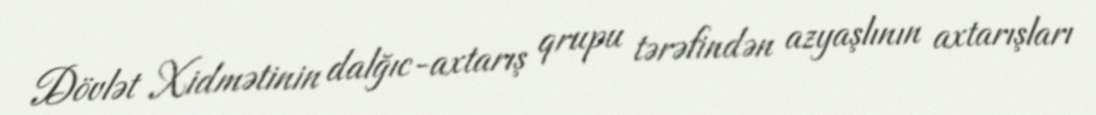
Dövlət Xidmətinin dalğıc-axtarış qrupu tərəfindən azyaşlının axtarışları